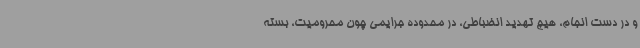
و در دست انجام، هیچ تهدید انضباطی، در محدوده جرایمی چون محرومیت، بسته